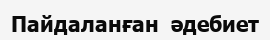
Пайдаланған  әдебиет